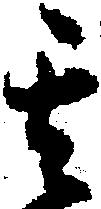
其